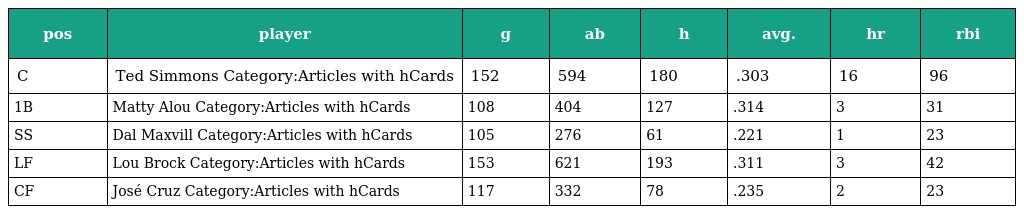
| pos | player | g | ab | h | avg. | hr | rbi |
 | --- | --- | --- | --- | --- | --- | --- | --- |
 | C | Ted Simmons Category:Articles with hCards | 152 | 594 | 180 | .303 | 16 | 96 |
 | 1B | Matty Alou Category:Articles with hCards | 108 | 404 | 127 | .314 | 3 | 31 |
 | SS | Dal Maxvill Category:Articles with hCards | 105 | 276 | 61 | .221 | 1 | 23 |
 | LF | Lou Brock Category:Articles with hCards | 153 | 621 | 193 | .311 | 3 | 42 |
 | CF | José Cruz Category:Articles with hCards | 117 | 332 | 78 | .235 | 2 | 23 |